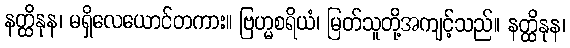
နတ္ထိနုန၊ မရှိလေယောင်တကား။ ဗြဟ္မစရိယံ၊ မြတ်သူတို့အကျင့်သည်။ နတ္ထိနုန၊